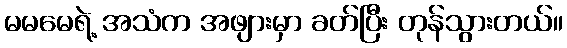
မမမေရဲ့ အသံက အဖျားမှာ ခတ်ပြီး တုန်သွားတယ်။